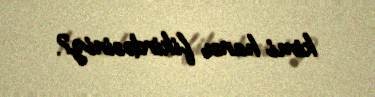
kimi hansı fikirdəsiniz?.